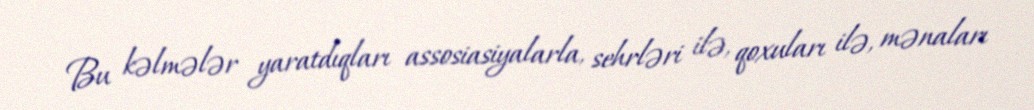
Bu kəlmələr yaratdıqları assosiasiyalarla, sehrləri ilə, qoxuları ilə, mənaları